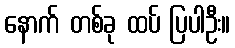
နောက် တစ်ခု ထပ် ပြပါဦး။